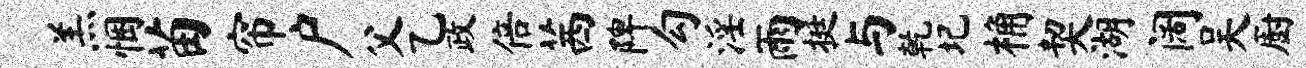
羔悃苗帘户父乙政倍茜陴勾淫雨挺与乾圮桷契湖阔吴厨